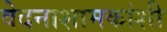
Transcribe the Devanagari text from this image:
वेदनाशामकांशी